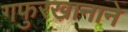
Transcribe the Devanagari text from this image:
गफुरखानाने